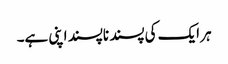
ہر ایک کی پسند ناپسند اپنی ہے۔